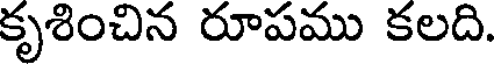
కృశించిన రూపము కలది.